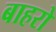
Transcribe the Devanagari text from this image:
बाहरो